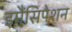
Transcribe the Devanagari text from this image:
इमैंसिपेशन